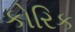
કોરિક